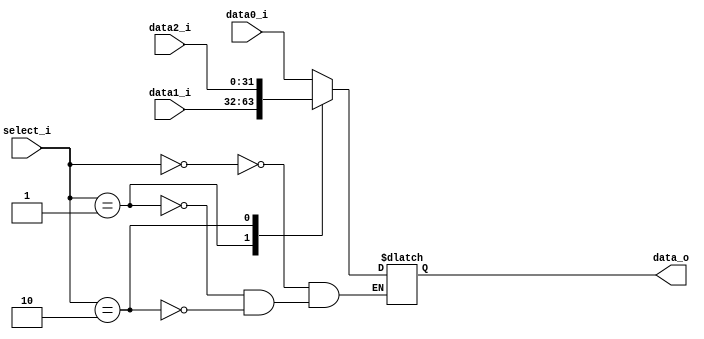
module Mux3to1( data0_i, data1_i, data2_i, select_i, data_o );

parameter size = 32;			   
			
//I/O ports               
input wire	[size-1:0] data0_i;          
input wire	[size-1:0] data1_i;
input wire	[size-1:0] data2_i;
input wire	[2-1:0] select_i;
output wire	[size-1:0] data_o; 

//Main function
/*your code here*/
reg     [size-1:0] data_os;
assign data_o = data_os;
always @ (data0_i or data1_i or select_i or data2_i) begin
    case(select_i) 
    2'b00 :data_os = data0_i;
	2'b01 :data_os =data1_i;
	2'b10 :data_os = data2_i;
	endcase
end
endmodule